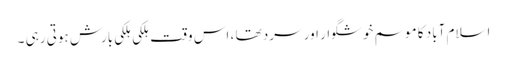
اسلام آباد کا موسم خوشگوار اور سرد تھا ، اس وقت ہلکی ہلکی بارش ہوتی رہی ۔